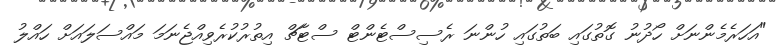
"އަހަރެމެންނަށް ހޯދުނު ގޮތުގައި ބަތުގައި ހުންނަ ރެސިސްޓެންޓް ސްޓާޗް އިތުރުކުރެވިއްޖެނަމަ މައްސަލައަށް ހައްލު